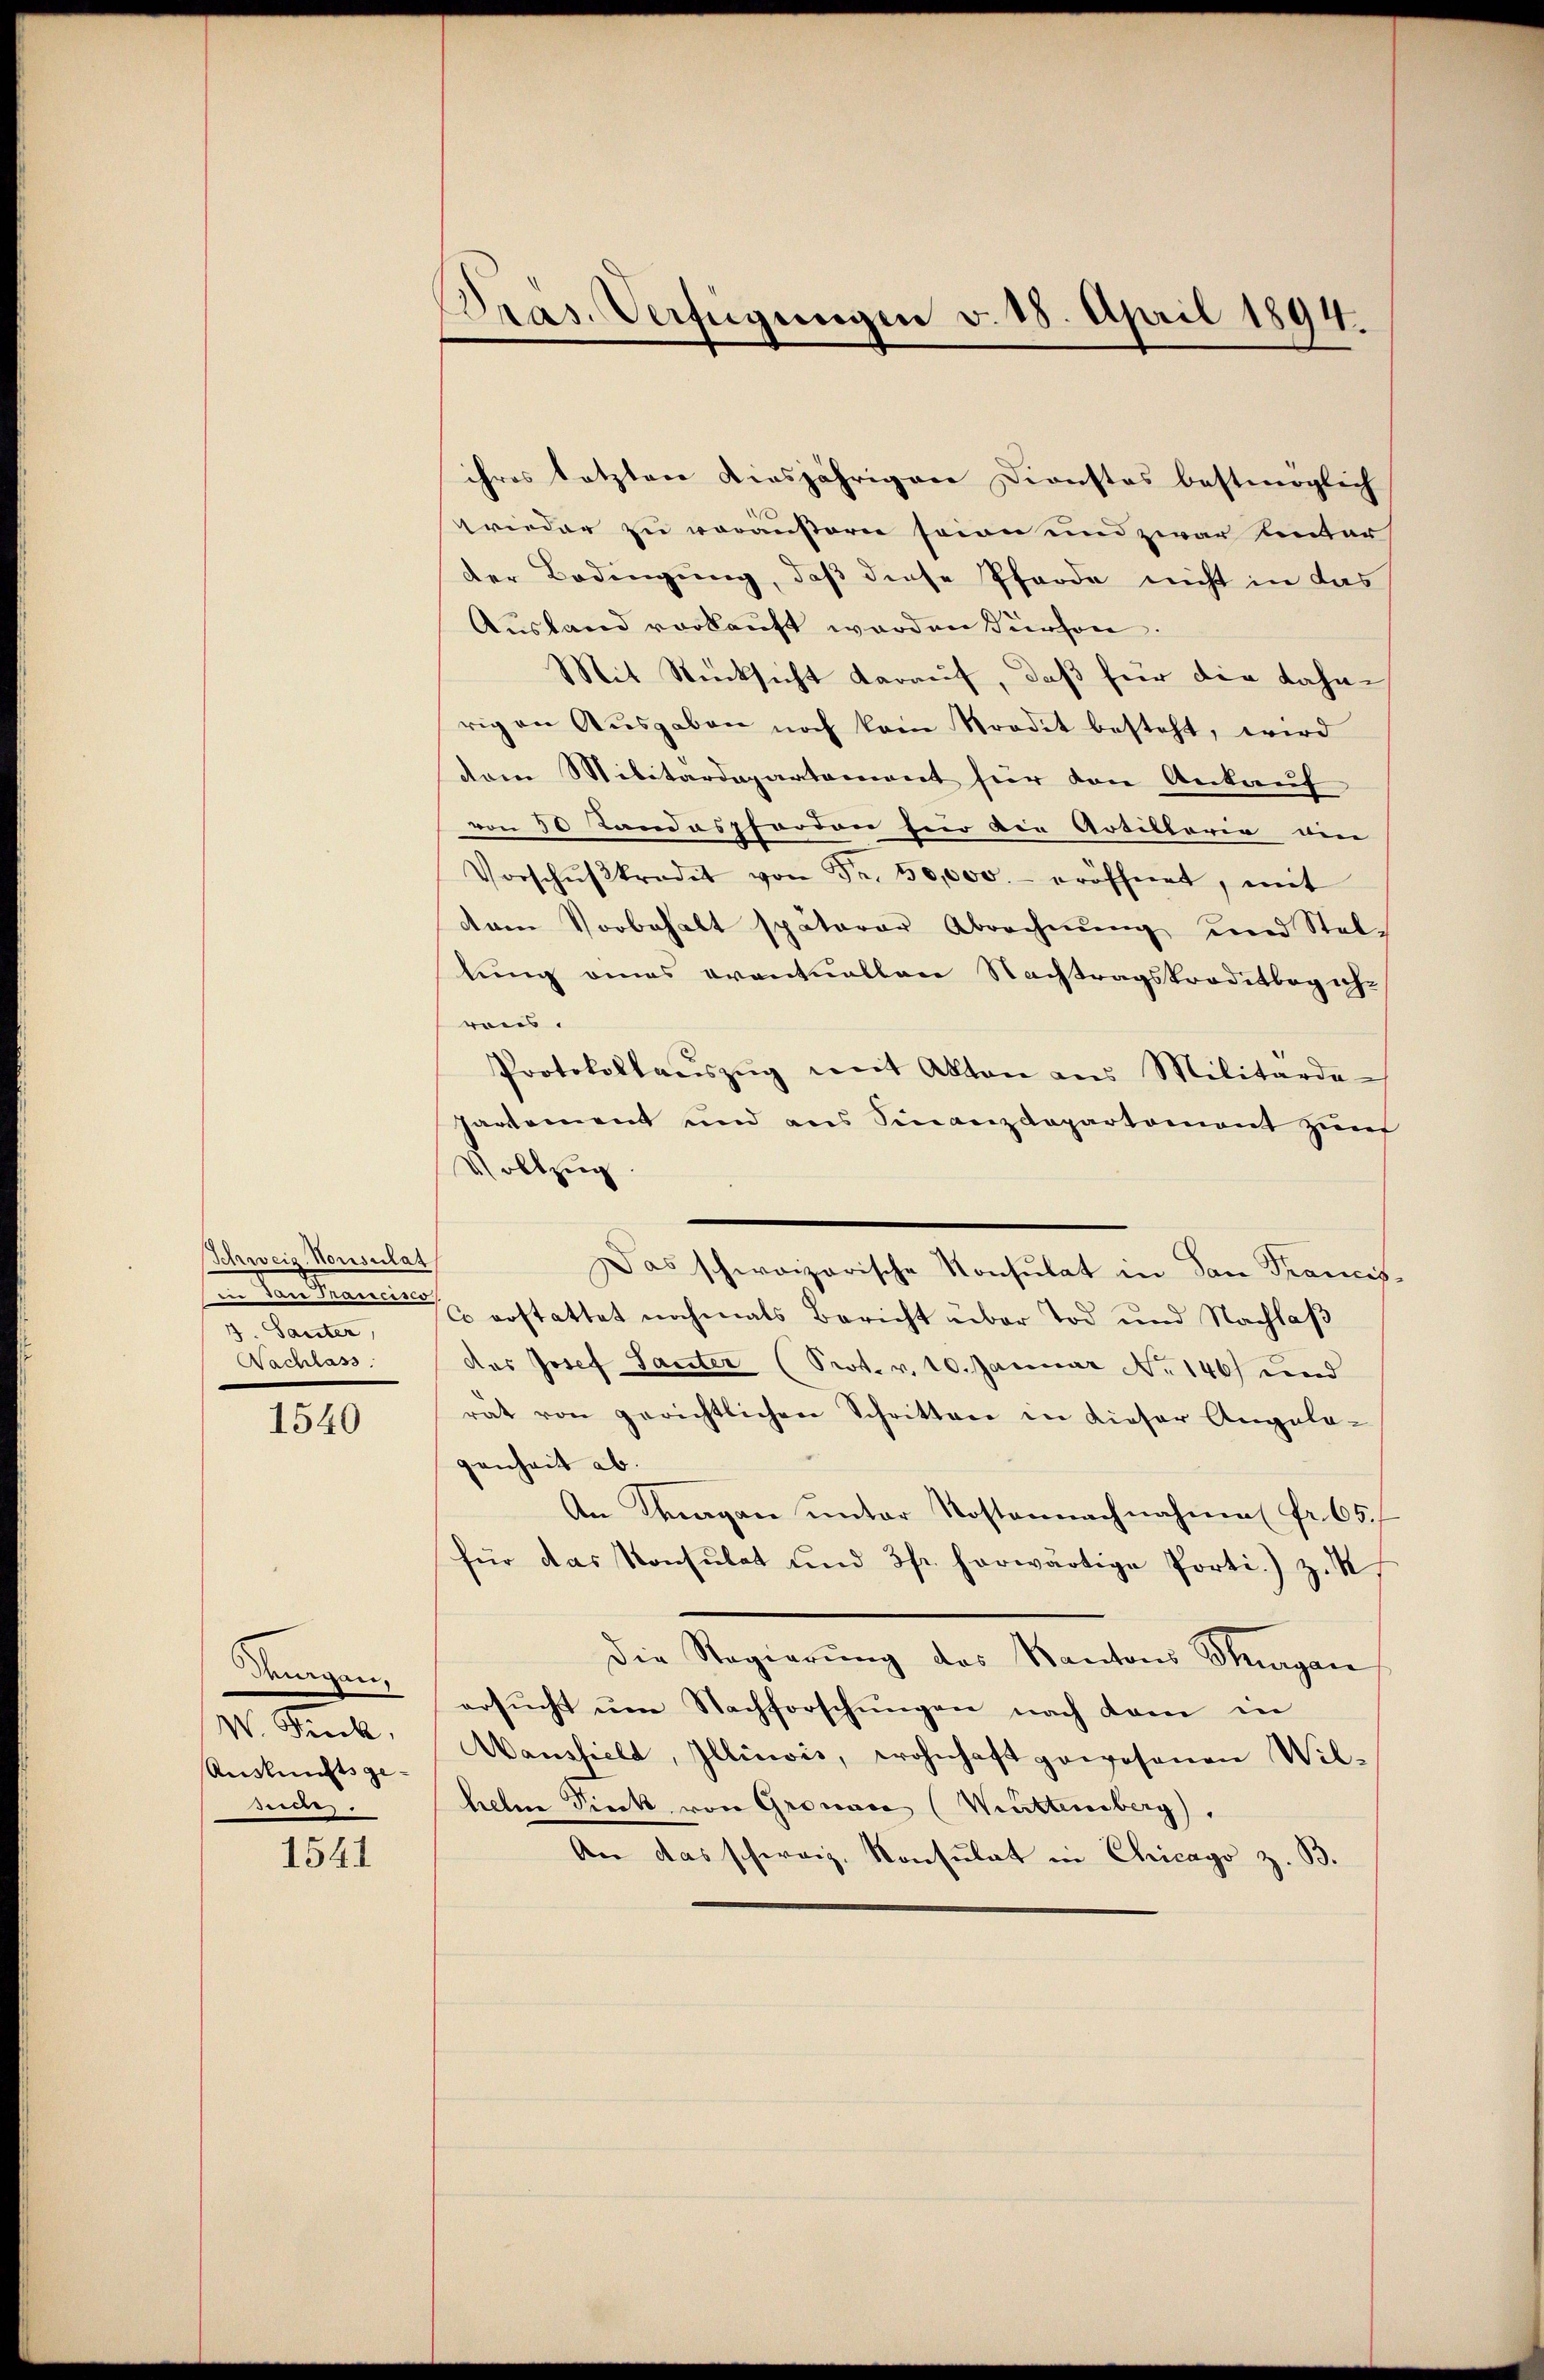
Schweiz. Konsulat
4. Sauter,
Nachlass

1540

drigen.
W. Fick,
Ausknechts ge-
See.

1541

Präs. Verfügungen v. 18. April 1894.

ihres letzten diesjährigen Dienstes bestmöglich
wrieder zu veräusern seien und zwar unter
der Bedingung, daß diese Pferde nicht in das
Ausland vorkauft werden Person.
Mit Rücksicht darauf, daß für die Bahn-
rigen Aŭsgaben noch kein Nordit besteht, wird
dem Militärdepartement für den Ankauf
von 30 Landaspfordon für die Artillaria die
Vorschŭβkredit von Fr. 50,000.- eröffnet, mit
dam Vorbehalt späterer Abrechnŭng und Stel-
lung eines eventuellen Nachtragskreditbegehrons.
Protokollaŭszŭg mit Akten aus Militärde
partement und aus Finanzdepartement zum
Vollzug
Das schweizerische Konsulat in dan Francisi. Landran erstattet nochmals Bericht über Tod und Nachlaß
des Josef Sauter (Prot. v. 10. Januar No 146) und
rat von gerichtlichen Schritten in dieser Angela-
genheit ab. |
An Tagen ŭnter Kostennachnahme (fr. 65.
für das Konsulat und 3fr. herwärtige Porti.) z.
Die Regierung des Kantons Thurgan
ersucht um Nachforschungen nach dam in
Wansfield, Illiwis, wohnhaft gewesenen Wil-
helne Pieck von Gronave (Wettemberg.
An das schweiz. Konsulat in Chicago z. B.